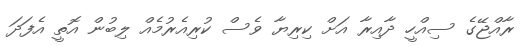
ރާއްޖޭގެ ސިއްހީ ދާއިރާ އަށް ކިރިޔާ ވެސް ކުރިއެރުމެއް ލިބުން އޮތީ އެފަދަ